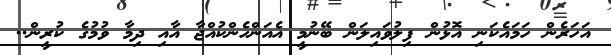
އަހަރެން ހަމައެކަނި އޮޅުން ފިލުވައިލަން ބޭނުމީ އެއަންހެންކުއްޖާ އާއި ދިމާ ވުމުގެ ކުރީން..